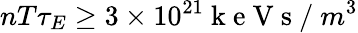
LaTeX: nT\tau_{E}\geq 3\times 10^{21}\mathrm{~k~e~V~s~/~}m^{3}